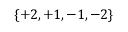
\{ + 2 , + 1 , - 1 , - 2 \}